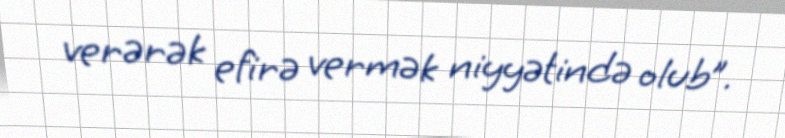
verərək efirə vermək niyyətində olub”.